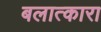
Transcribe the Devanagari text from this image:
बलात्कारा